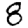
Digit: 8